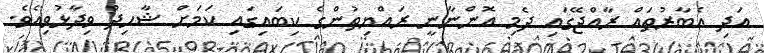
އަދި އެބާރުތައް ރާއްޖޭގައި ދެމި އޮންނާނީ ރައްޔިތުންގެ ކިބައިގައި ކަމަށް ޝާހިދު ވިދާޅުވިއެވެ.